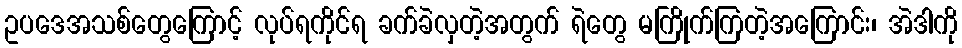
ဥပဒေအသစ်တွေကြောင့် လုပ်ရကိုင်ရ ခက်ခဲလှတဲ့အတွက် ရဲတွေ မကြိုက်ကြတဲ့အကြောင်း၊ အဲဒါကို